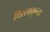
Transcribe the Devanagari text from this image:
थिल्लाकुन्ना